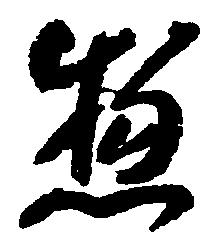
惣